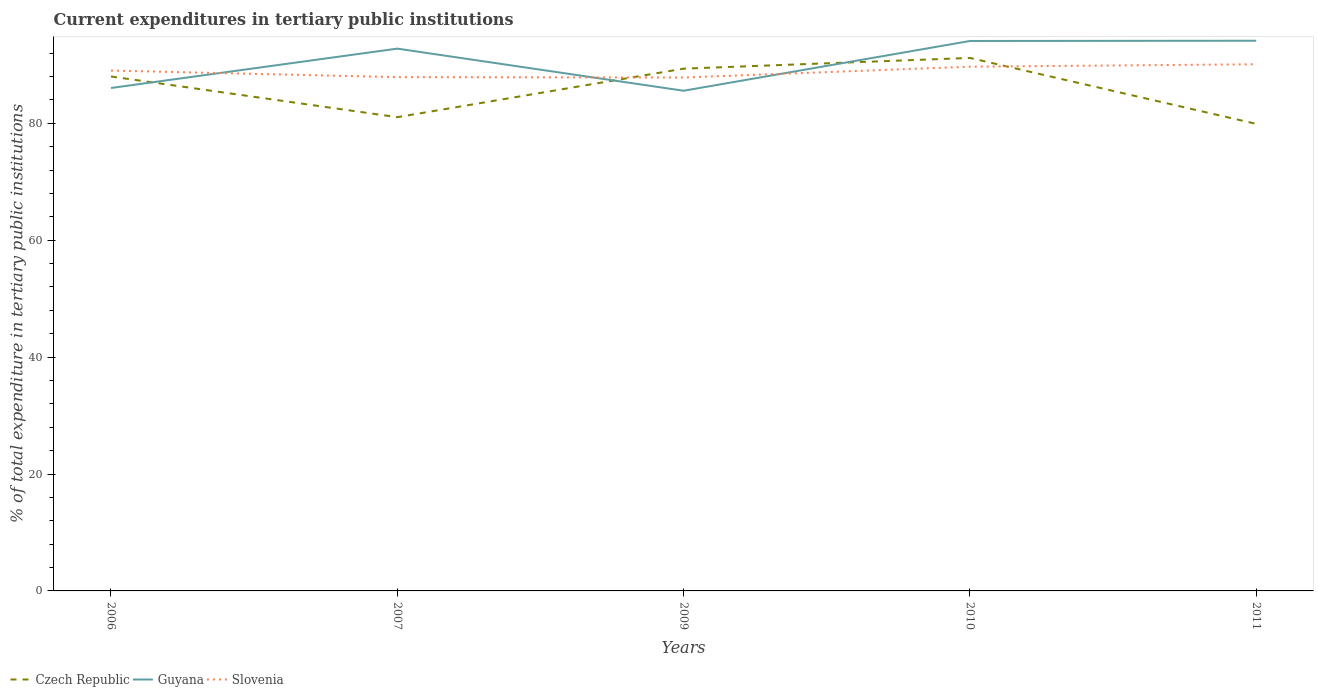
| Years | Czech Republic | Guyana | Slovenia |
 | --- | --- | --- | --- |
 | 2006 | 88 | 86 | 89 |
 | 2007 | 81 | 92.8 | 87.9 |
 | 2009 | 89.3 | 85.6 | 87.8 |
 | 2010 | 91.2 | 94.1 | 89.7 |
 | 2011 | 79.9 | 94.1 | 90.1 |